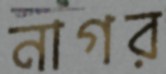
নাগর